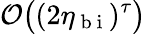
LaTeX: \mathcal{O}\big((2\eta_{\mathrm{~b~i~}})^{\tau}\big)